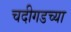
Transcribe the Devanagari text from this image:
चदीगडच्या